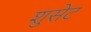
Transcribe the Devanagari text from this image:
शुसेट